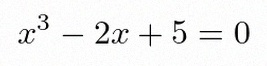
x^3-2x+5=0